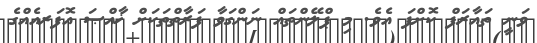
ވަނީ ތައާރަފް ކޮށްފަ އެވެ. މި ޕްލޭންތައް ނަންގަވާ ފަރާތްތަކަށް ޚާއްޞަ އޮފަރއެއްގެ